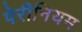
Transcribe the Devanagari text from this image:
पेरीनियम